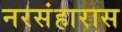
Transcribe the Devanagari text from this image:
नरसंहारास